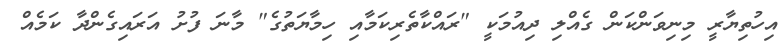
އިހުތިޔާރީ މިނިވަންކަން ގެއްލި ދިއުމަކީ "ރައްކާތެރިކަމާއި ހިމާޔަތުގެ" މާނަ ފުށު އަރައިގެންދާ ކަމެއް